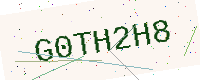
Text: G0TH2H8